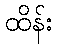
ထိန်း